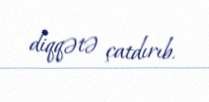
diqqətə çatdırıb.